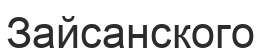
Зайсанского